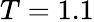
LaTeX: T=1.1